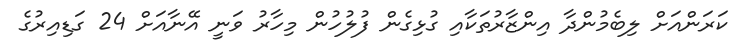
ކަރަންއަށް ލިބެމުންދާ އިންޒާރުތަކާއި ގުޅިގެން ފުލުހުން މިހާރު ވަނީ އޭނާއަށް 24 ގަޑިއިރުގެ